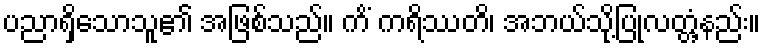
ပညာရှိသောသူ၏ အဖြစ်သည်။ ကိံ ကရိဿတိ၊ အဘယ်သို့ပြုလတ္တံ့နည်း။